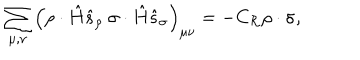
\sum _ { \mu , \nu } \left( \rho \cdot \hat { H } \hat { s } _ { \rho } \ \sigma \cdot \hat { H } \hat { s } _ { \sigma } \right) _ { \mu \nu } = - C _ { \cal R } \rho \cdot \sigma ,